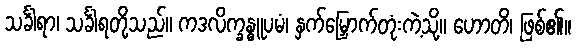
သင်္ခါရာ၊ သင်္ခါရတို့သည်။ ကဒလိက္ခန္ဓူပမံ၊ နှက်မြှောက်တုံးကဲ့သို့။ ဟောတိ၊ ဖြစ်၏။